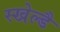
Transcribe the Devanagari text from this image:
स्खेल्डै